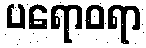
ပရောဝရာ